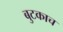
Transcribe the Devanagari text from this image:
बुटकाच